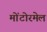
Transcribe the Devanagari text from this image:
मोंटोरमेल